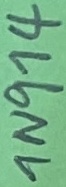
Text: 1N974